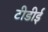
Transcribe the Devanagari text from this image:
टीडीई